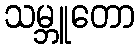
သမ္ဘူတော